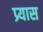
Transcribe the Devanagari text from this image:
प्र्यास